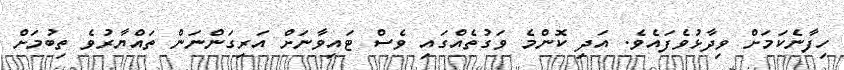
ހިފާނެކަމަށް ވިދާޅުވެފައެވެ. އަދި ކޮންމެ ވަގުތެއްގައި ވެސް ޓައިވާނަށް އަރިގަންނަން ތައްޔާރުވެ ތިބުމަށް